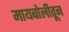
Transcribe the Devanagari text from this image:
मायबोलीतून